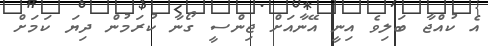
އެ ކުއްޖާ ބަލިވެ އިނީ އޭނާއަށް ޖިންސީ ގޯނާ ކުރަމުން ދިޔަ ކަމަށް